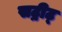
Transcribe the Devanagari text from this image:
सट्रीट्